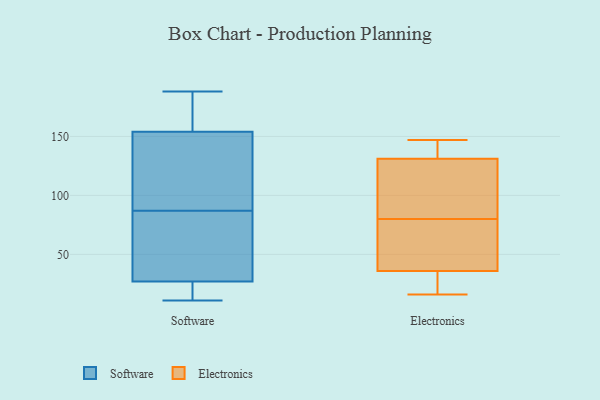
{"axis": {"x": "Active Users", "y": "Value"}, "legend": ["Electronics", "Software"], "data": [{"x": "", "y": 49, "type": "Software"}, {"x": "", "y": 39, "type": "Software"}, {"x": "", "y": 23, "type": "Software"}, {"x": "", "y": 96, "type": "Software"}, {"x": "", "y": 19, "type": "Software"}, {"x": "", "y": 97, "type": "Software"}, {"x": "", "y": 154, "type": "Software"}, {"x": "", "y": 27, "type": "Software"}, {"x": "", "y": 155, "type": "Software"}, {"x": "", "y": 78, "type": "Software"}, {"x": "", "y": 160, "type": "Software"}, {"x": "", "y": 188, "type": "Software"}, {"x": "", "y": 11, "type": "Software"}, {"x": "", "y": 97, "type": "Software"}, {"x": "", "y": 131, "type": "Electronics"}, {"x": "", "y": 147, "type": "Electronics"}, {"x": "", "y": 16, "type": "Electronics"}, {"x": "", "y": 137, "type": "Electronics"}, {"x": "", "y": 90, "type": "Electronics"}, {"x": "", "y": 22, "type": "Electronics"}, {"x": "", "y": 36, "type": "Electronics"}, {"x": "", "y": 52, "type": "Electronics"}, {"x": "", "y": 72, "type": "Electronics"}, {"x": "", "y": 88, "type": "Electronics"}]}